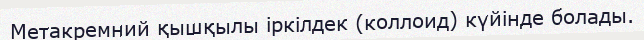
Метакремний қышқылы іркілдек (коллоид) күйінде болады.